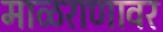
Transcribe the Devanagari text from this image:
माळराणावर